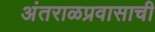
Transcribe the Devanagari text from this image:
अंतराळप्रवासाची